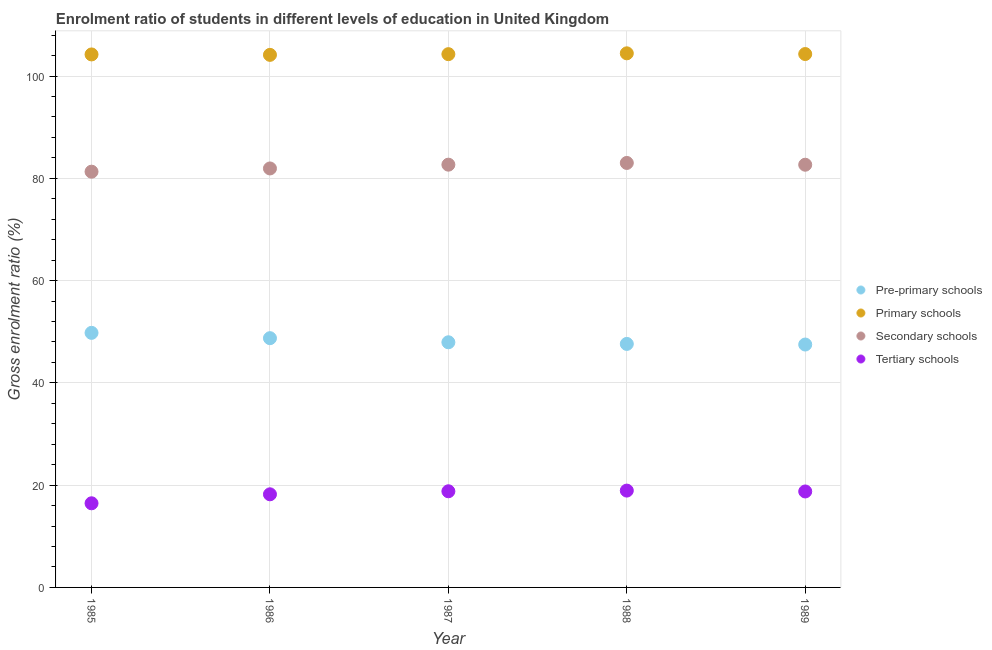
| Year | Pre-primary schools | Primary schools | Secondary schools | Tertiary schools |
 | --- | --- | --- | --- | --- |
 | 1985 | 49.8 | 104 | 81.3 | 16.5 |
 | 1986 | 48.7 | 104 | 81.9 | 18.2 |
 | 1987 | 47.9 | 104 | 82.7 | 18.8 |
 | 1988 | 47.6 | 104 | 83 | 18.9 |
 | 1989 | 47.5 | 104 | 82.7 | 18.8 |